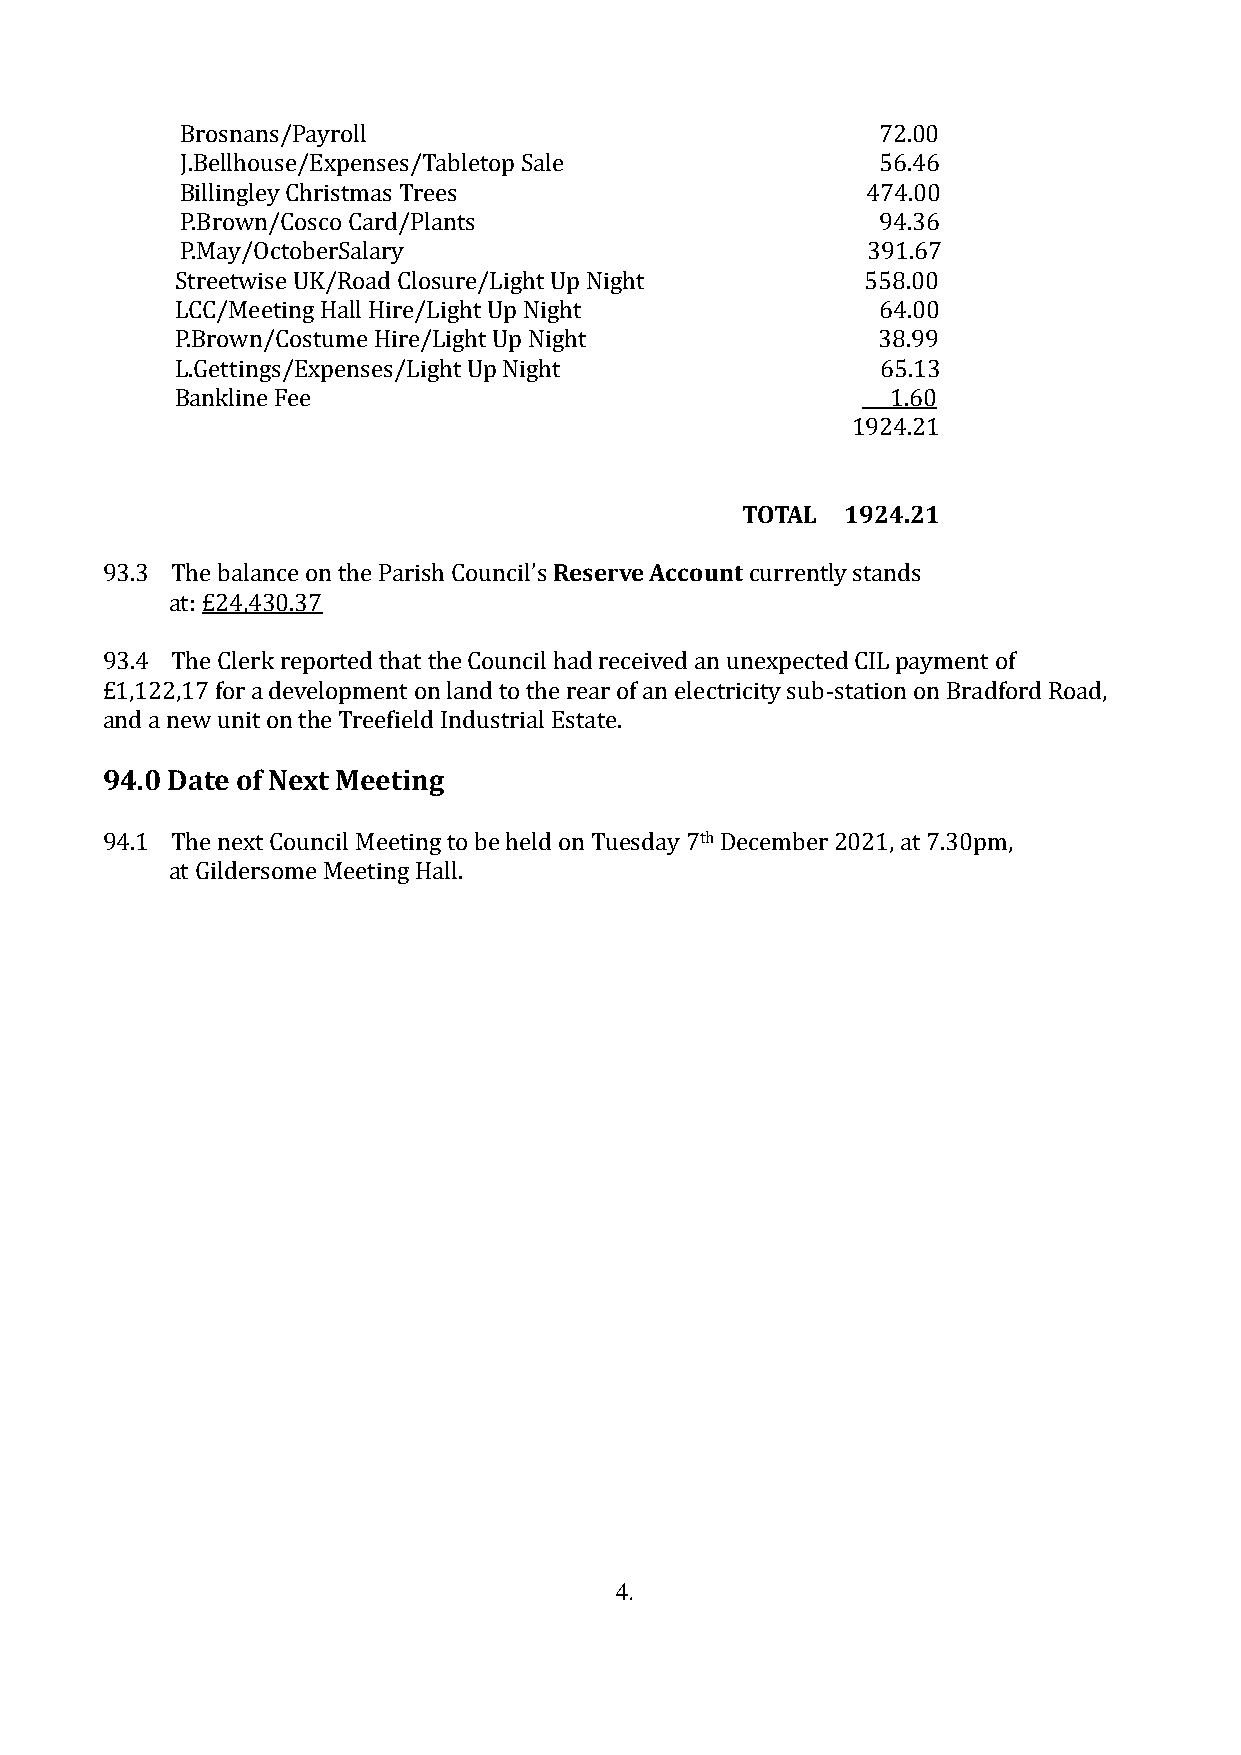
Brosnans/Payroll                              72.00
 J.Bellhouse/Expenses/Tabletop Sale            56.46
 Billingley Christmas Trees                   474.00
 P.Brown/Cosco Card/Plants                     94.36
 P.May/OctoberSalary                          391.67
 Streetwise UK/Road Closure/Light Up Night    558.00
 LCC/Meeting Hall Hire/Light Up Night          64.00
 P.Brown/Costume Hire/Light Up Night           38.99
 L.Gettings/Expenses/Light Up Night            65.13
 Bankline Fee                                   1.60
 1924.21
 TOTAL  1924.21
 93.3 The balance on the Parish Council’s Reserve Account currently stands
 at: £24,430.37
 93.4 The Clerk reported that the Council had received an unexpected CIL payment of
 £1,122,17 for a development on land to the rear of an electricity sub-station on Bradford Road,
 and a new unit on the Treefield Industrial Estate.
 94.0 Date of Next Meeting
 94.1 The next Council Meeting to be held on Tuesday 7th December 2021, at 7.30pm,
 at Gildersome Meeting Hall.
 4.